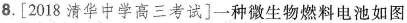
8.[2018清华中学高三考试]一种微生物燃料电池如图